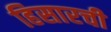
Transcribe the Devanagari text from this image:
हिसारची